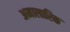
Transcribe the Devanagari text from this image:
अमालारिक